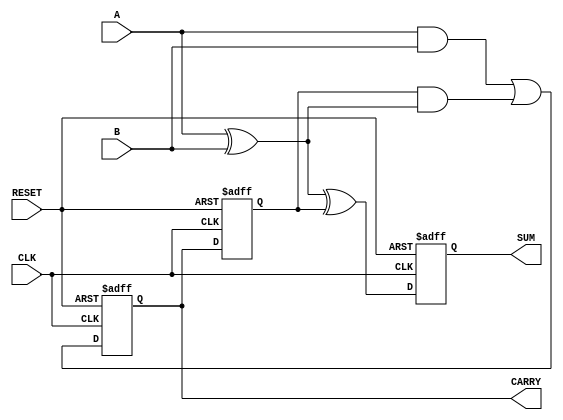
module Sequential_Half_Adder (
    input wire A,         // First operand
    input wire B,         // Second operand
    input wire CLK,       // Clock signal
    input wire RESET,     // Reset signal
    output reg SUM,       // Sum output
    output reg CARRY      // Carry output
);

    // Internal state for carry
    reg prev_carry;

    // Always block for synchronous logic
    always @(posedge CLK or posedge RESET) begin
        if (RESET) begin
            // Initialize state on reset
            SUM <= 0;
            CARRY <= 0;
            prev_carry <= 0;
        end else begin
            // Calculate the sum and carry
            SUM <= A ^ B ^ prev_carry; // Sum is XOR of A, B, and previous carry
            CARRY <= (A & B) | (prev_carry & (A ^ B)); // Carry calculation
            prev_carry <= CARRY; // Update previous carry for next cycle
        end
    end

endmodule